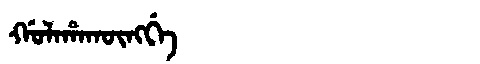
Manchu: ᡤᠣᠯᠠᡥᠠᡴᡡᠩᡤᡝ
Romanization: GOLAHAKŪNGGE